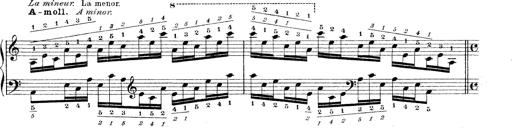
Title: Technische Studien
Composer: Franz Liszt